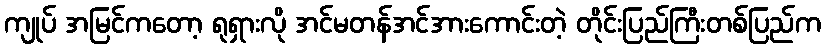
ကျုပ် အမြင်ကတော့ ရုရှားလို အင်မတန်အင်အားကောင်းတဲ့ တိုင်းပြည်ကြီးတစ်ပြည်က